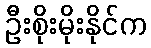
ဦးစိုးမိုးနိုင်က